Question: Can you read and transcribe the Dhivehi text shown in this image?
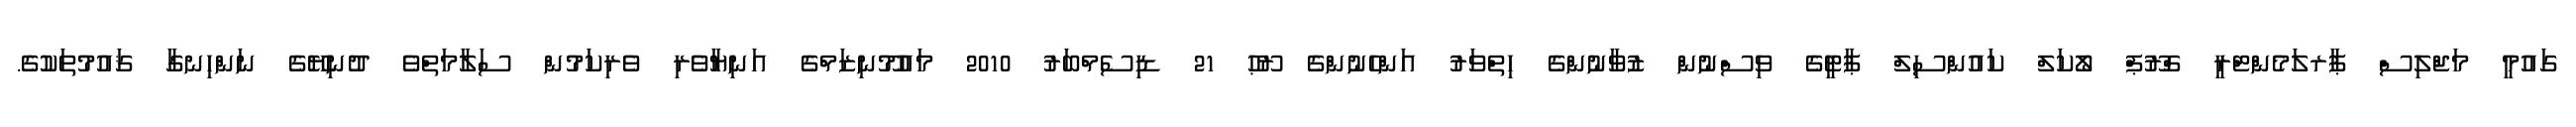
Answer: ގައުމީ މަޖްލިސް ޕާރލަމެންޓްރީ ގްރޫޕް ލޯކަލް ކައުންސިލް ޕާޓީގެ ވިސްނުން ޒުވާނުންގެ ހިތްވަރު އަންހެނުންގެ ރޫޙު 21 ޑިސެމްބަރު 2010 މައުމޫނިޒަމްގެ އަނިޔާވެރި ވެރިކަމުން ސަލާމަތްވެ ދުނިޔޭގެ ނަންހިނގާ ޤައުމުތަކުގެ.